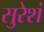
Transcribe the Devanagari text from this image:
सुरेशं